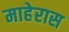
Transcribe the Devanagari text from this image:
माहेरास